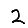
Digit: 2